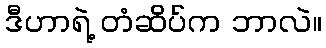
ဒီဟာရဲ့ တံဆိပ်က ဘာလဲ။